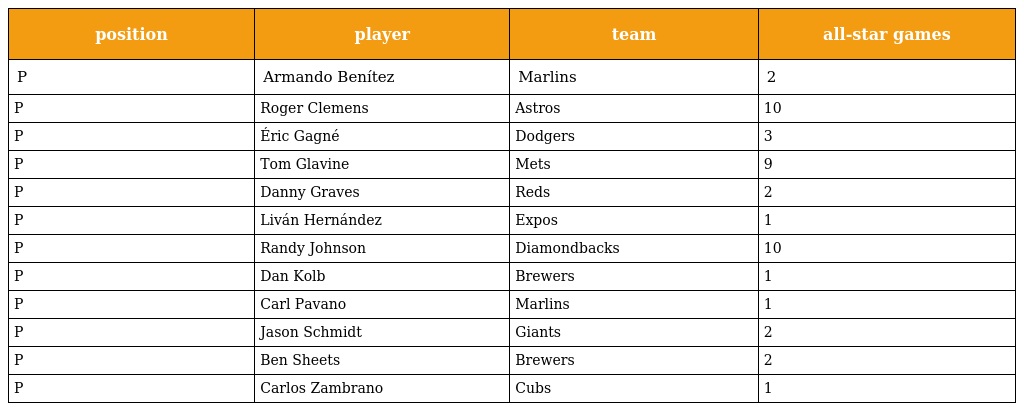
| position | player | team | all-star games |
 | --- | --- | --- | --- |
 | P | Armando Benítez | Marlins | 2 |
 | P | Roger Clemens | Astros | 10 |
 | P | Éric Gagné | Dodgers | 3 |
 | P | Tom Glavine | Mets | 9 |
 | P | Danny Graves | Reds | 2 |
 | P | Liván Hernández | Expos | 1 |
 | P | Randy Johnson | Diamondbacks | 10 |
 | P | Dan Kolb | Brewers | 1 |
 | P | Carl Pavano | Marlins | 1 |
 | P | Jason Schmidt | Giants | 2 |
 | P | Ben Sheets | Brewers | 2 |
 | P | Carlos Zambrano | Cubs | 1 |